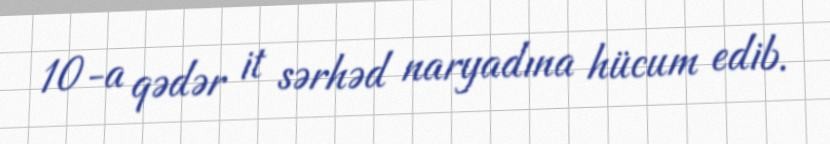
10-a qədər it sərhəd naryadına hücum edib.